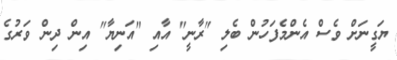
ޔަގީނަށް ވެސް އެންމެފަހުން ބެލި "ރާނީ" އާއި "އަނިޔާ" އިން ދިން ވަރުގެ